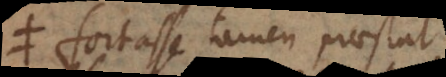
. Fortasse tamen praestat